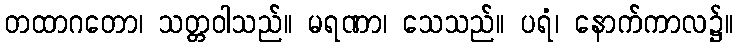
တထာဂတော၊ သတ္တဝါသည်။ မရဏာ၊ သေသည်။ ပရံ၊ နောက်ကာလ၌။